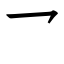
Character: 乛